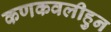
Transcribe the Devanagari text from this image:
कणकवलीहुन